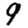
Digit: 9